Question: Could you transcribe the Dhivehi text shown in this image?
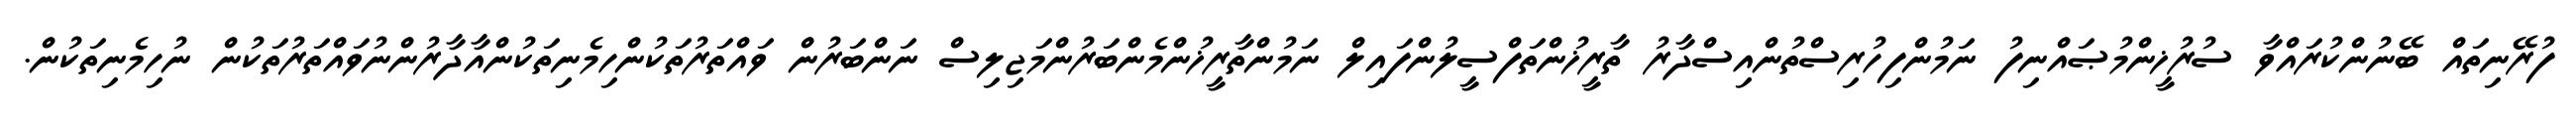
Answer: ފުރޭނިތައް ބޭނުންކުރައްވާ ސުރުޚީންމުޞައްނިފު ނަމުންފިހުރިސްތުންއިސްދާރު ތާރީޚުންތަފްސީލުންފައިލް ނަމުންތާރީޚުންމެންބަރުންމަޖިލިސް ނަންބަރުން ވައްތަރުތަކުންހިމެނިތަކުންއާދާރުންނުވައްތަރުތަކުން ނުހިމެނިތަކުން.